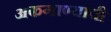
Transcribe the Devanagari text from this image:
अफगाण्यांची